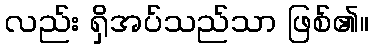
လည်း ရှိအပ်သည်သာ ဖြစ်၏။